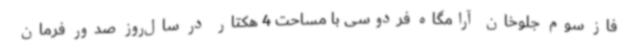
فاز سوم جلوخان آرامگاه فردوسی با مساحت 4 هکتار در سال‌روز صدور فرمان